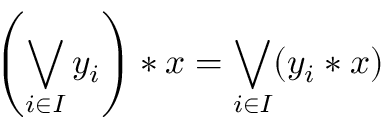
\left( \bigvee _ { i \in I } { y _ { i } } \right) * { x } = \bigvee _ { i \in I } ( y _ { i } * x )